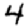
Digit: 4